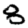
Digit: 8